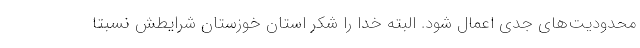
محدودیت‌های جدی اعمال شود. البته خدا را شکر استان خوزستان شرایطش نسبتا